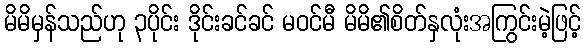
မိမိမှန်သည်ဟု ၃ပိုင်း ဒိုင်းခင်ခင် မဝင်မီ မိမိ၏စိတ်နှလုံးအကြွင်းမဲ့ဖြင့်